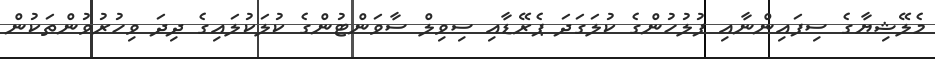
މެލޭޝިޔާގެ ސިފައިންނާއި ފުލުހުންގެ ކުލަގަދަ ޕެރޭޑާއި ސިވިލް ސާވަންޓުންގެ ކުލަކުލައިގެ ދިދަ ވިހުރުވުންތަކުން